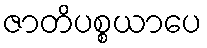
ဇာတိပစ္စယာပေ